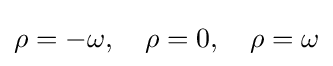
\rho =-\omega ,\quad \rho =0,\quad \rho =\omega